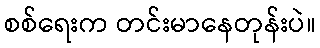
စစ်ရေးက တင်းမာနေတုန်းပဲ။